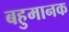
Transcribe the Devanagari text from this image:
बहुमानक